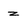
Character: z